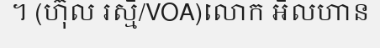
។ (ហ៊ុល រស្មី/VOA)លោក អីលហាន